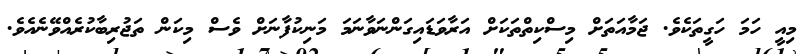
މިއީ ހަމަ ހަގީތަކެވެ. ޖަމާއަތަށް މިސްކިތްތަކަށް އަރާވަޑައިގަންނަވާނަމަ މަނިކުފާނަށް ވެސް މިކަން ތަޖުރިބާކުރެއްވޭނެއެވެ.